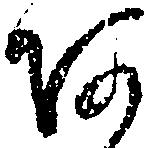
あ